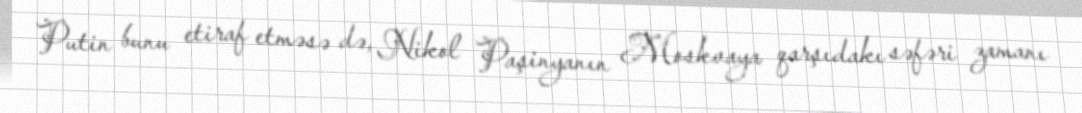
Putin bunu etiraf etməsə də, Nikol Paşinyanın Moskvaya qarşıdakı səfəri zamanı